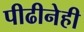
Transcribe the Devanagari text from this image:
पीढीनेही